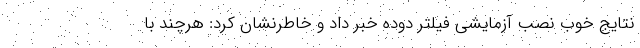
نتایج خوب نصب آزمایشی فیلتر دوده خبر داد و خاطرنشان کرد: هرچند با